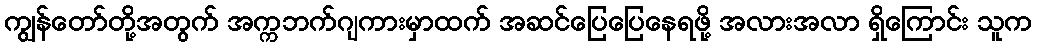
ကျွန်တော်တို့အတွက် အက္ကဘက်ဂျကားမှာထက် အဆင်ပြေပြေနေရဖို့ အလားအလာ ရှိကြောင်း သူက